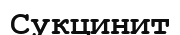
Сукцинит